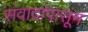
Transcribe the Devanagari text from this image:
संवादांपासून